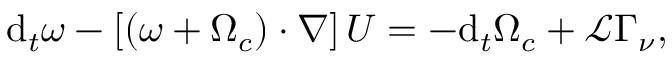
\mathrm { d } _ { t } \boldsymbol { \omega } - \left[ \left( \boldsymbol { \omega } + \boldsymbol { \Omega } _ { c } \right) \boldsymbol { \cdot } \nabla \right] \boldsymbol { U } = - \mathrm { d } _ { t } \boldsymbol { \Omega } _ { c } + \mathcal { L } \boldsymbol { \Gamma } _ { \nu } ,